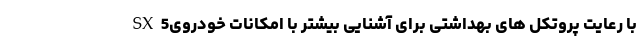
با رعایت پروتکل های بهداشتی برای آشنایی بیشتر با امکانات خودرویSX5